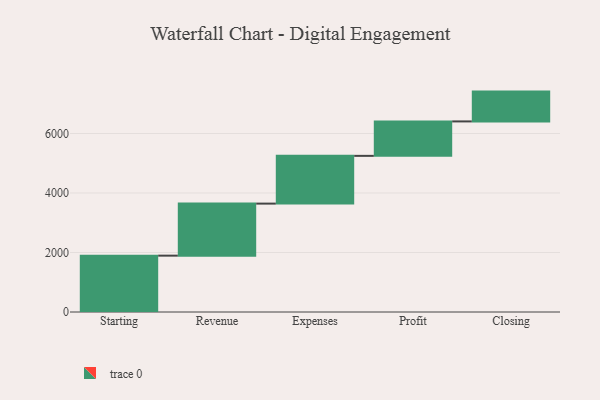
{"axis": {"x": "Step", "y": "Value"}, "legend": [""], "data": [{"x": "Starting", "y": 1894.0, "type": ""}, {"x": "Revenue", "y": 1749.0, "type": ""}, {"x": "Expenses", "y": 1605.0, "type": ""}, {"x": "Profit", "y": 1158.0, "type": ""}, {"x": "Closing", "y": 1002.0, "type": ""}]}